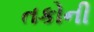
તકોની